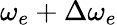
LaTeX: \omega_{e}+\Delta\omega_{e}